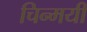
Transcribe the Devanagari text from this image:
चिन्मयी